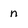
Character: n